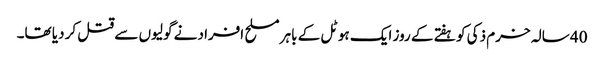
40 سالہ خرم ذکی کو ہفتے کے روز ایک ہوٹل کے باہر مسلح افراد نے گولیوں سے قتل کر دیا تھا۔